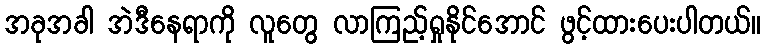
အခုအခါ အဲဒီနေရာကို လူတွေ လာကြည့်ရှုနိုင်အောင် ဖွင့်ထားပေးပါတယ်။